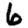
Digit: 6